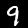
Digit: 9